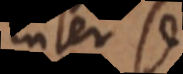
inter se,